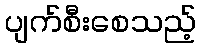
ပျက်စီးစေသည့်